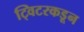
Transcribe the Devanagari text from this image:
ट्विटरकडून